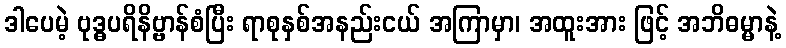
ဒါပေမဲ့ ဗုဒ္ဓပရိနိဗ္ဗာန်စံပြီး ရာစုနှစ်အနည်းငယ် အကြာမှာ၊ အထူးအား ဖြင့် အဘိဓမ္မာနဲ့